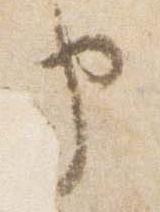
申